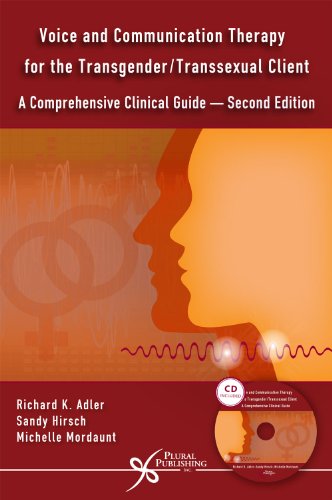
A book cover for Voice and Communication Therapy for the Transgender/Transsexual Client: A Comprehensive Clinical Guide; Richard K. Adler; Gay & Lesbian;